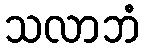
သလာဘံ